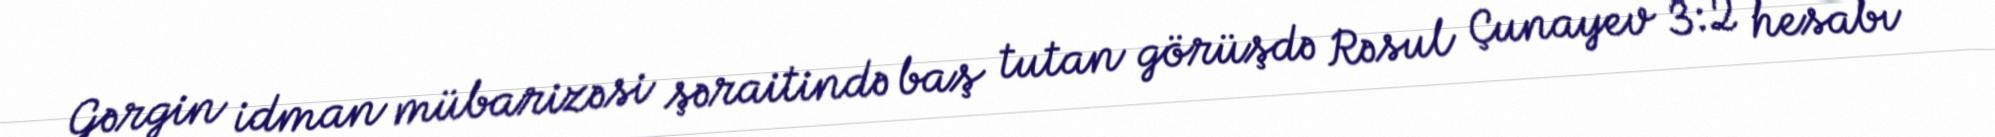
Gərgin idman mübarizəsi şəraitində baş tutan görüşdə Rəsul Çunayev 3:2 hesabı